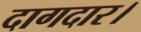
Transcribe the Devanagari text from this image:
दागदार।